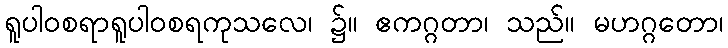
ရူပါဝစရာရူပါဝစရကုသလေ၊ ၌။ ဧကဂ္ဂတာ၊ သည်။ မဟဂ္ဂတော၊